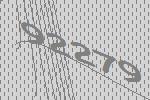
92279